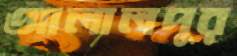
আলালপুর